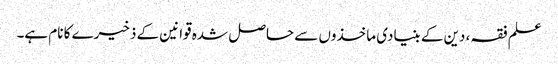
علم فقہ، دین کے بنیادی ماخذوں سے حاصل شدہ قوانین کے ذخیرے کا نام ہے۔